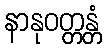
နာနုဝတ္တန္တံ